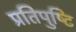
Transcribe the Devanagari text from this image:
प्रतिपुष्‍टि